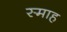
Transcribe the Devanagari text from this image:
स्माह